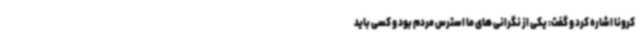
کرونا اشاره کرد و گفت: یکی از نگرانی های ما استرس مردم بود و کسی باید